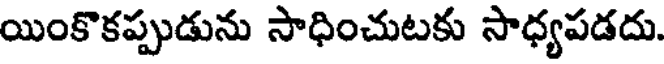
యింకొకప్పుడును సాధించుటకు సాధ్యపడదు.